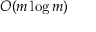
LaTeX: O ( m \log m )